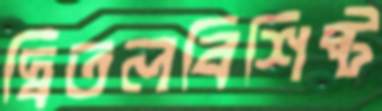
দ্বিতলবিশিষ্ট